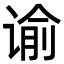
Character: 谕